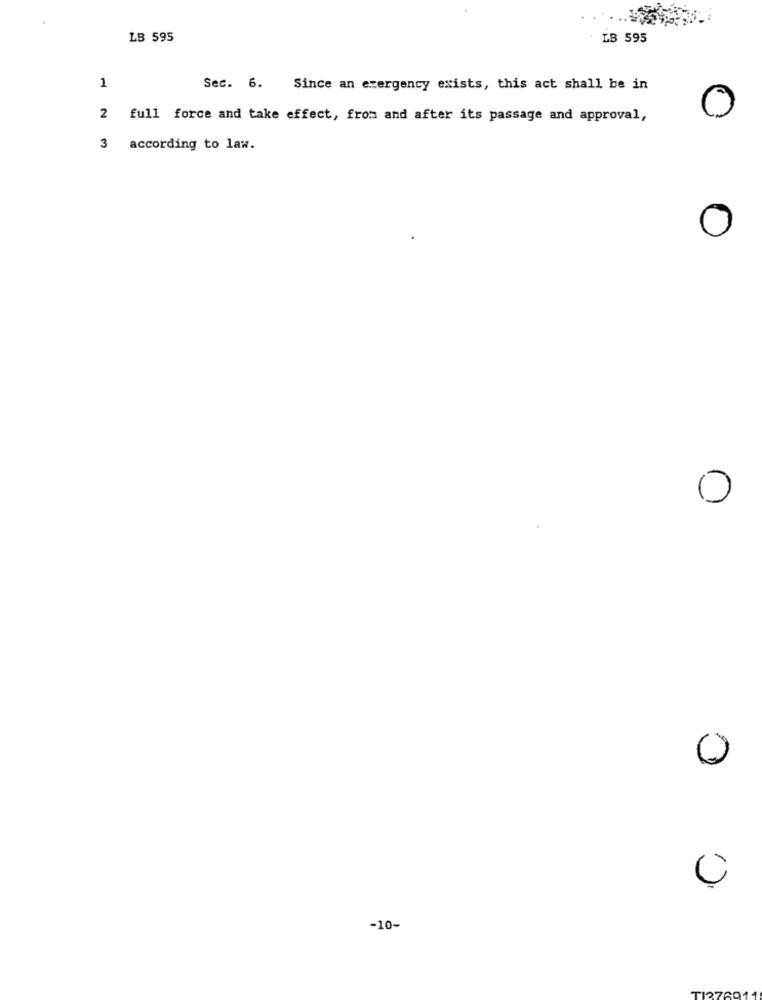
LB 595
LB 595
1
Sec. 6. Since an emergency exists, this act shall be in
0
2 full force and take effect, from and after its passage and approval,
3
according to law.
O
0
0
-10-
TI376